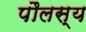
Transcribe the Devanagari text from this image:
पौलस्य